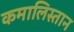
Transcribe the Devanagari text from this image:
कमालिस्तान